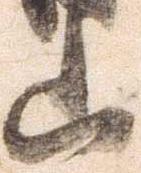
山